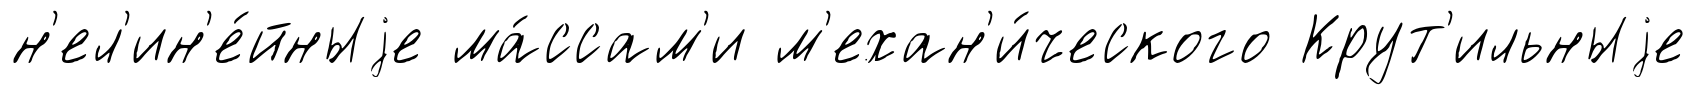
н'ел'ин'е́йныjе ма́ссам'и м'ехан'и́ческого Крут'ильныjе